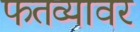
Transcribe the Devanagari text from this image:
फतव्यावर